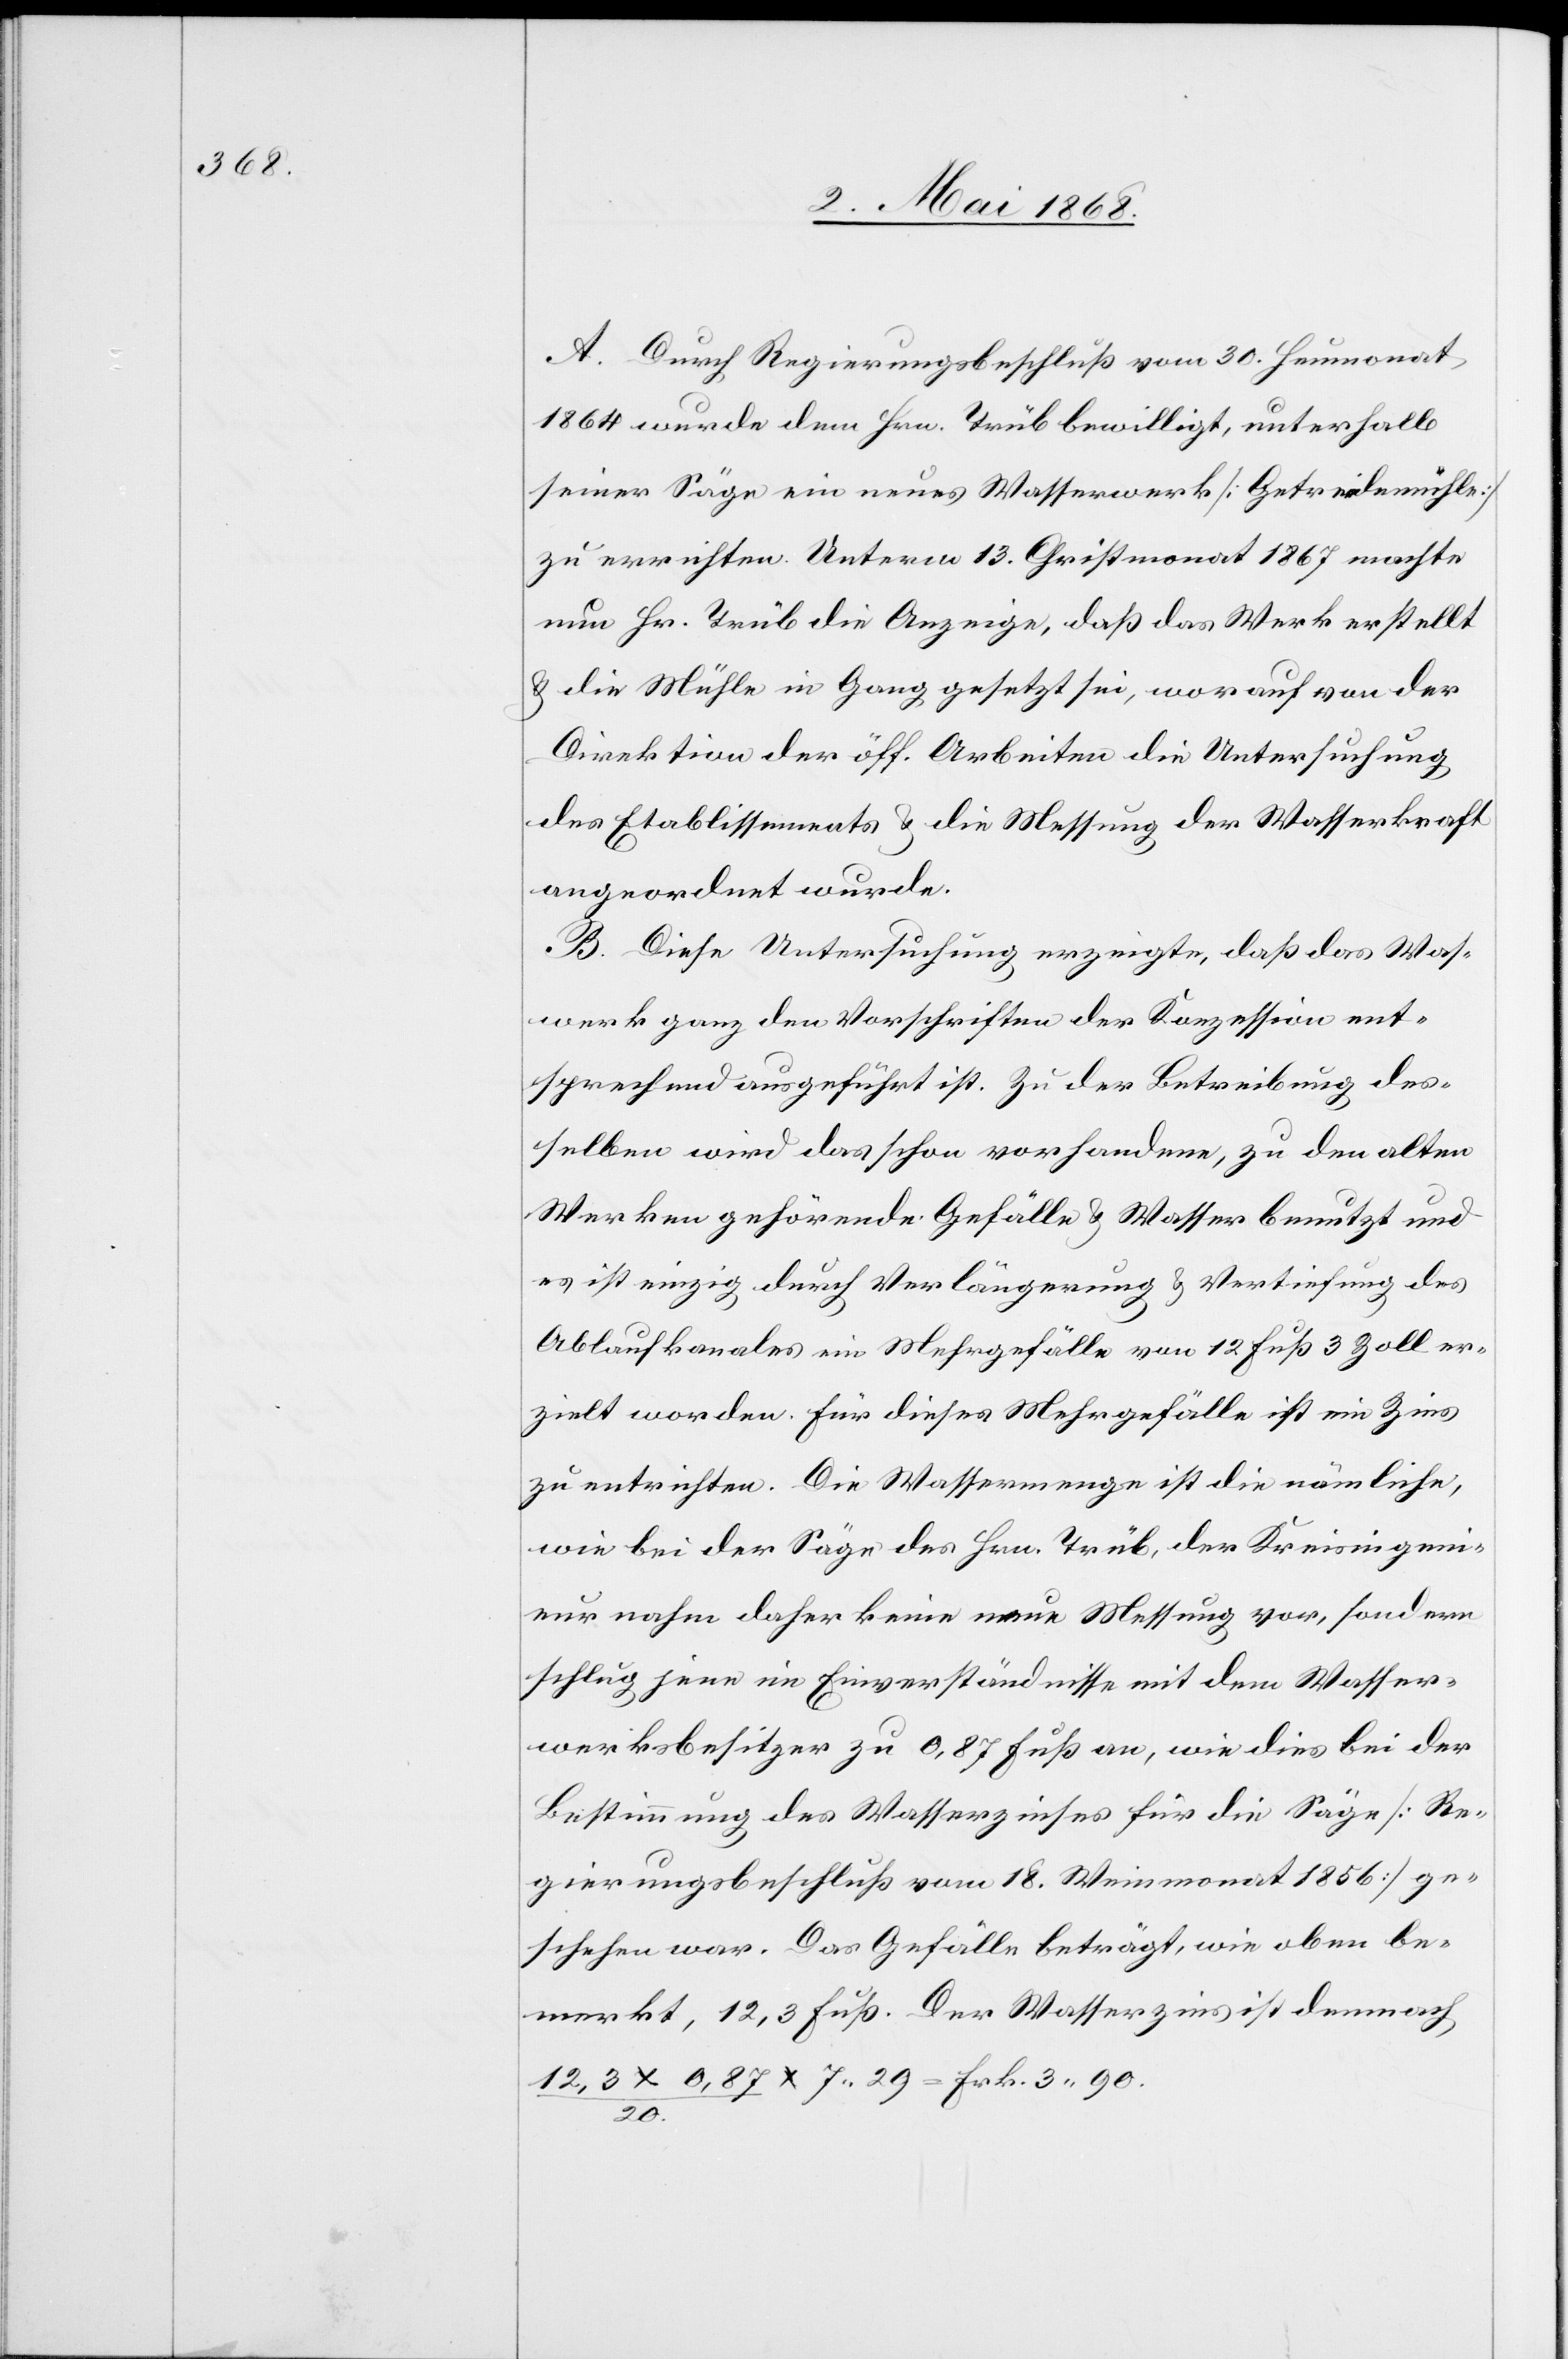
A. Durch Regierungsbeschluß vom 30. Heumonat
1864 wurde dem Hrn. Trüb bewilligt, unterhalb
seiner Säge ein neues Wasserwerk [Getreidemühle]
zu errichten. Unterm 13. Christmonat 1867 machte
nun Hr. Trüb die Anzeige, daß das Werk erstellt
& die Mühle in Gang gesetzt sei, worauf von der
Direktion der öff. Arbeiten die Untersuchung
des Etablissements & die Messung der Wasserkraft
angeordnet wurde.
B. Diese Untersuchung erzeigte, daß das Was[se¬
r]werk ganz den Vorschriften der Konzession ent¬
sprechend ausgeführt ist. Zu der Betreibung des¬
selben wird das schon vorhandene, zu den alten
Werken gehörende Gefälle & Wasser benutzt und
es ist einzig durch Verlängerung & Vertiefung des
Ablaufkanales ein Mehrgefälle von 12 Fuß 3 Zoll er¬
zielt worden. Für dieses Mehrgefälle ist ein Zins
zu entrichten. Die Wassermenge ist die nämliche,
wie bei der Säge des Hrn. Trüb, der Kreisingeni¬
eur nahm daher keine neue Messung vor, sondern
schlug jene im Einverständnisse mit dem Wasser¬
werksbesitzer zu 0,87 Fuß an, wie dies bei der
Bestimmung des Wasserzinses für die Säge [Re¬
gierungsbeschluß vom 18. Weinmonat 1856] ge¬
schehen war. Das Gefälle beträgt, wie oben be¬
merkt, 12,3 Fuß. Der Wasserzins ist demnach
12,3 x 0,87 / 20. x 7.29 = Frk. 3. 90.